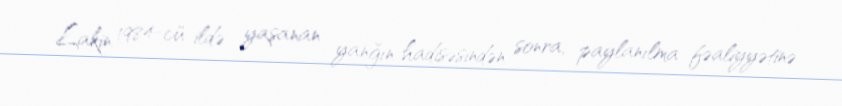
Lakin 1984-cü ildə yaşanan yanğın hadisəsindən sonra, paylanılma fəaliyyətinə